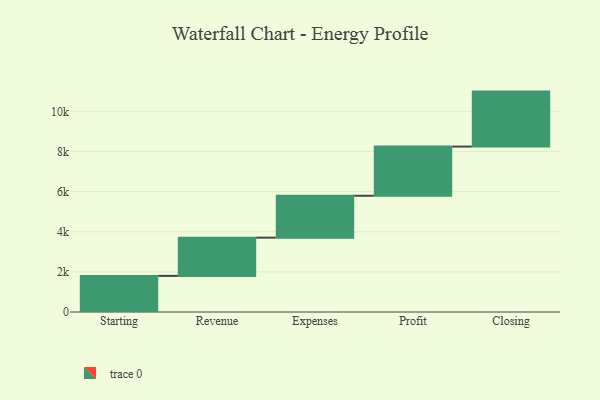
{"axis": {"x": "Step", "y": "Value"}, "legend": [""], "data": [{"x": "Starting", "y": 1800.0, "type": ""}, {"x": "Revenue", "y": 1905.0, "type": ""}, {"x": "Expenses", "y": 2087.0, "type": ""}, {"x": "Profit", "y": 2451.0, "type": ""}, {"x": "Closing", "y": 2739.0, "type": ""}]}